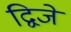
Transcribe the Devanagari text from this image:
द्विजें